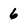
Character: 6